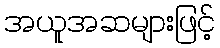
အယူအဆများဖြင့်